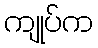
ကျုပ်က